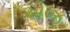
એજ